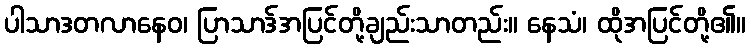
ပါသာဒတလာနေဝ၊ ပြာသာဒ်အပြင်တို့ချည်းသာတည်း။ နေသံ၊ ထိုအပြင်တို့၏။